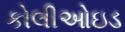
કોલીઓઇડ